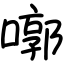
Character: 㗥